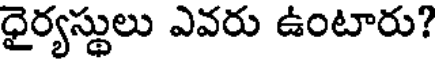
ధైర్యస్థులు ఎవరు ఉంటారు?